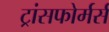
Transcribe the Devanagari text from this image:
ट्रांसफोर्मर्स